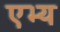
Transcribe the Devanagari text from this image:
एभ्य